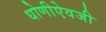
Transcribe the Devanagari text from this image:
धोणीऐवजी